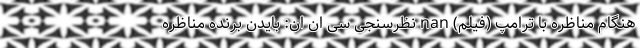
هنگام مناظره با ترامپ (فیلم) nan نظرسنجی سی ان ان: بایدن برنده مناظره